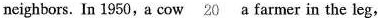
neighbors. In 1950,a cow \underline{20} a farmer in the leg,